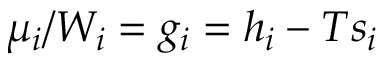
\mu _ { i } / W _ { i } = g _ { i } = h _ { i } - T s _ { i }